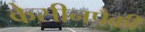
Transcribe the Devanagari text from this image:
केसीनपैकी